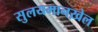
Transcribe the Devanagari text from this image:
सुलयमानख़ेल